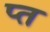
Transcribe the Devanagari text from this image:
प्त